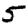
Digit: 5